system: You are a helpful assistant.
user:
Analyze the provided spectrum to determine if it is a **"Cataclysmic Variables (CV)"**.

- **Key Indicators for CV (Check for either state):**
    - **State 1: Quiescent / Low-State (Emission-Dominated)**
        - **(Primary):** Strong and *very broad* Hydrogen Balmer emission lines (e.g., $H\alpha$ at 6563 Å, $H\beta$ at 4861 Å). The 'broadness' (high velocity dispersion, often FWHM > 1000 km/s) is the key diagnostic, indicating a high-velocity accretion disk.
        - **(Secondary):** Broad neutral Helium (He I) emission lines (e.g., 5876 Å, 6678 Å).
        - **(Key Confirmation):** Presence of high-excitation *ionized* Helium (He II) emission at 4686 Å. This is a strong indicator of accretion onto a white dwarf.
        - **(Line Profile):** Emission lines may exhibit a 'double-peaked' profile, which is a classic signature of a rotating accretion disk viewed at high inclination.

    - **State 2: Outburst / High-State (Absorption-Dominated)**
        - **(Primary):** Spectrum is dominated by a bright, blue continuum (looks like a hot star).
        - **(Secondary):** The emission lines from State 1 are weak, absent, or 'filled in', and are replaced by broad, shallow *absorption* lines (primarily Balmer and He I).
        - **(Morphology):** The overall spectrum mimics a hot B/A-type star. The crucial difference is that the absorption lines are significantly broader, shallower, and more 'washed-out' (or 'smeared') than the sharp lines of a normal stellar photosphere, due to high rotational speeds and pressure broadening in the disk.

Think first, call **spectral_visualization_tool** if needed to examine features in detail, then provide your final answer. Your response must adhere to the following strict rules:
1.  **Overall Structure:** Your response must follow the format `<think>...</think> <tool_call>...</tool_call> (if a tool is used) <answer>...</answer>`.
2.  **Tool Usage Constraint:** You may only make **one** tool call per turn.
3.  **Final Answer Format:** In the `<answer>` tag, your conclusion must be inside a `\boxed{}` command (e.g., `\boxed{YES}`), followed by your justification.

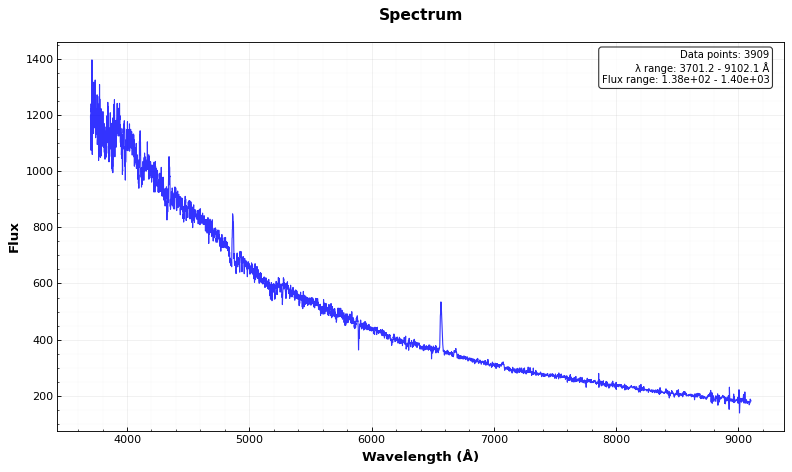
Answer: YES